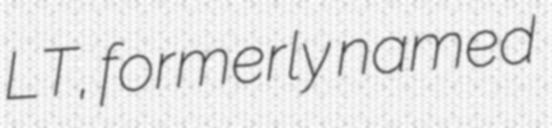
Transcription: LT, formerly named